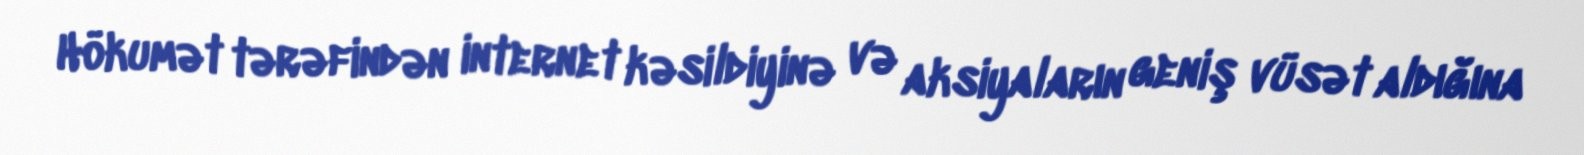
Hökumət tərəfindən internet kəsildiyinə və aksiyaların geniş vüsət aldığına